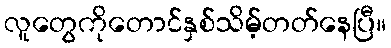
လူတွေကိုတောင်နှစ်သိမ့်တတ်နေပြီ။